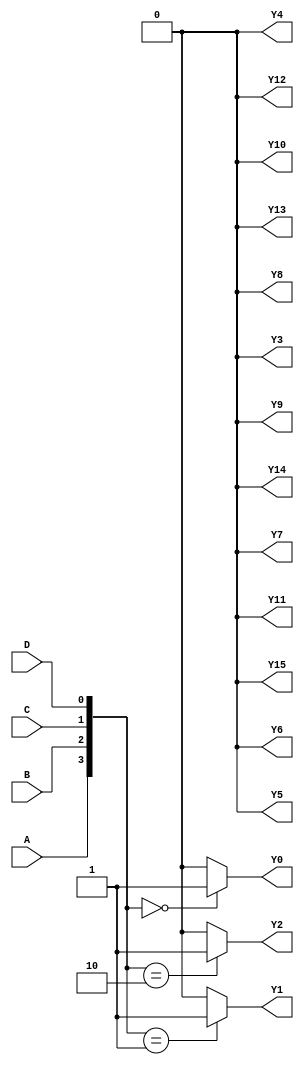
module demultiplexer (
    input wire A,
    input wire B,
    input wire C,
    input wire D,
    output reg Y0,
    output reg Y1,
    output reg Y2,
    output reg Y3,
    output reg Y4,
    output reg Y5,
    output reg Y6,
    output reg Y7,
    output reg Y8,
    output reg Y9,
    output reg Y10,
    output reg Y11,
    output reg Y12,
    output reg Y13,
    output reg Y14,
    output reg Y15
);

always @(*)
begin
    case({A,B,C,D})
        4'b0000: begin Y0 = 1; Y1 = 0; Y2 = 0; Y3 = 0; Y4 = 0; Y5 = 0; Y6 = 0; Y7 = 0; Y8 = 0; Y9 = 0; Y10 = 0; Y11 = 0; Y12 = 0; Y13 = 0; Y14 = 0; Y15 = 0; end
        4'b0001: begin Y0 = 0; Y1 = 1; Y2 = 0; Y3 = 0; Y4 = 0; Y5 = 0; Y6 = 0; Y7 = 0; Y8 = 0; Y9 = 0; Y10 = 0; Y11 = 0; Y12 = 0; Y13 = 0; Y14 = 0; Y15 = 0; end
        4'b0010: begin Y0 = 0; Y1 = 0; Y2 = 1; Y3 = 0; Y4 = 0; Y5 = 0; Y6 = 0; Y7 = 0; Y8 = 0; Y9 = 0; Y10 = 0; Y11 = 0; Y12 = 0; Y13 = 0; Y14 = 0; Y15 = 0; end
        // continue with the remaining combinations
        // .
        // .
        // .
        default: begin Y0 = 0; Y1 = 0; Y2 = 0; Y3 = 0; Y4 = 0; Y5 = 0; Y6 = 0; Y7 = 0; Y8 = 0; Y9 = 0; Y10 = 0; Y11 = 0; Y12 = 0; Y13 = 0; Y14 = 0; Y15 = 0; end
    endcase
end

endmodule